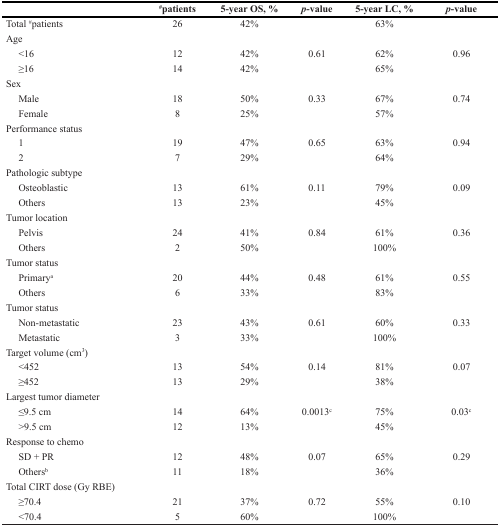
<table><thead><tr><td></td><td><b><sup>#</sup>patients</b></td><td><b>5-year OS, %</b></td><td><b><i>p</i>-value</b></td><td><b>5-year LC, %</b></td><td><b><i>p</i>-value</b></td></tr></thead><tbody><tr><td>Total <sup>#</sup>patients</td><td>26</td><td>42%</td><td></td><td>63%</td><td></td></tr><tr><td>Age</td><td></td><td></td><td></td><td></td><td></td></tr><tr><td> &lt;16</td><td>12</td><td>42%</td><td>0.61</td><td>62%</td><td>0.96</td></tr><tr><td> ≥16</td><td>14</td><td>42%</td><td></td><td>65%</td><td></td></tr><tr><td>Sex</td><td></td><td></td><td></td><td></td><td></td></tr><tr><td> Male</td><td>18</td><td>50%</td><td>0.33</td><td>67%</td><td>0.74</td></tr><tr><td> Female</td><td>8</td><td>25%</td><td></td><td>57%</td><td></td></tr><tr><td>Performance status</td><td></td><td></td><td></td><td></td><td></td></tr><tr><td> 1</td><td>19</td><td>47%</td><td>0.65</td><td>63%</td><td>0.94</td></tr><tr><td> 2</td><td>7</td><td>29%</td><td></td><td>64%</td><td></td></tr><tr><td>Pathologic subtype</td><td></td><td></td><td></td><td></td><td></td></tr><tr><td> Osteoblastic</td><td>13</td><td>61%</td><td>0.11</td><td>79%</td><td>0.09</td></tr><tr><td> Others</td><td>13</td><td>23%</td><td></td><td>45%</td><td></td></tr><tr><td>Tumor location</td><td></td><td></td><td></td><td></td><td></td></tr><tr><td> Pelvis</td><td>24</td><td>41%</td><td>0.84</td><td>61%</td><td>0.36</td></tr><tr><td> Others</td><td>2</td><td>50%</td><td></td><td>100%</td><td></td></tr><tr><td>Tumor status</td><td></td><td></td><td></td><td></td><td></td></tr><tr><td> Primary<sup>a</sup></td><td>20</td><td>44%</td><td>0.48</td><td>61%</td><td>0.55</td></tr><tr><td> Others</td><td>6</td><td>33%</td><td></td><td>83%</td><td></td></tr><tr><td>Tumor status</td><td></td><td></td><td></td><td></td><td></td></tr><tr><td> Non-metastatic</td><td>23</td><td>43%</td><td>0.61</td><td>60%</td><td>0.33</td></tr><tr><td> Metastatic</td><td>3</td><td>33%</td><td></td><td>100%</td><td></td></tr><tr><td>Target volume (cm<sup>3</sup>)</td><td></td><td></td><td></td><td></td><td></td></tr><tr><td> &lt;452</td><td>13</td><td>54%</td><td>0.14</td><td>81%</td><td>0.07</td></tr><tr><td> ≥452</td><td>13</td><td>29%</td><td></td><td>38%</td><td></td></tr><tr><td>Largest tumor diameter</td><td></td><td></td><td></td><td></td><td></td></tr><tr><td> ≤9.5 cm</td><td>14</td><td>64%</td><td>0.0013<sup>c</sup></td><td>75%</td><td>0.03<sup>c</sup></td></tr><tr><td> &gt;9.5 cm</td><td>12</td><td>13%</td><td></td><td>45%</td><td></td></tr><tr><td>Response to chemo</td><td></td><td></td><td></td><td></td><td></td></tr><tr><td> SD + PR</td><td>12</td><td>48%</td><td>0.07</td><td>65%</td><td>0.29</td></tr><tr><td> Others<sup>b</sup></td><td>11</td><td>18%</td><td></td><td>36%</td><td></td></tr><tr><td>Total CIRT dose (Gy RBE)</td><td></td><td></td><td></td><td></td><td></td></tr><tr><td> ≥70.4</td><td>21</td><td>37%</td><td>0.72</td><td>55%</td><td>0.10</td></tr><tr><td> &lt;70.4</td><td>5</td><td>60%</td><td></td><td>100%</td><td></td></tr></tbody></table>